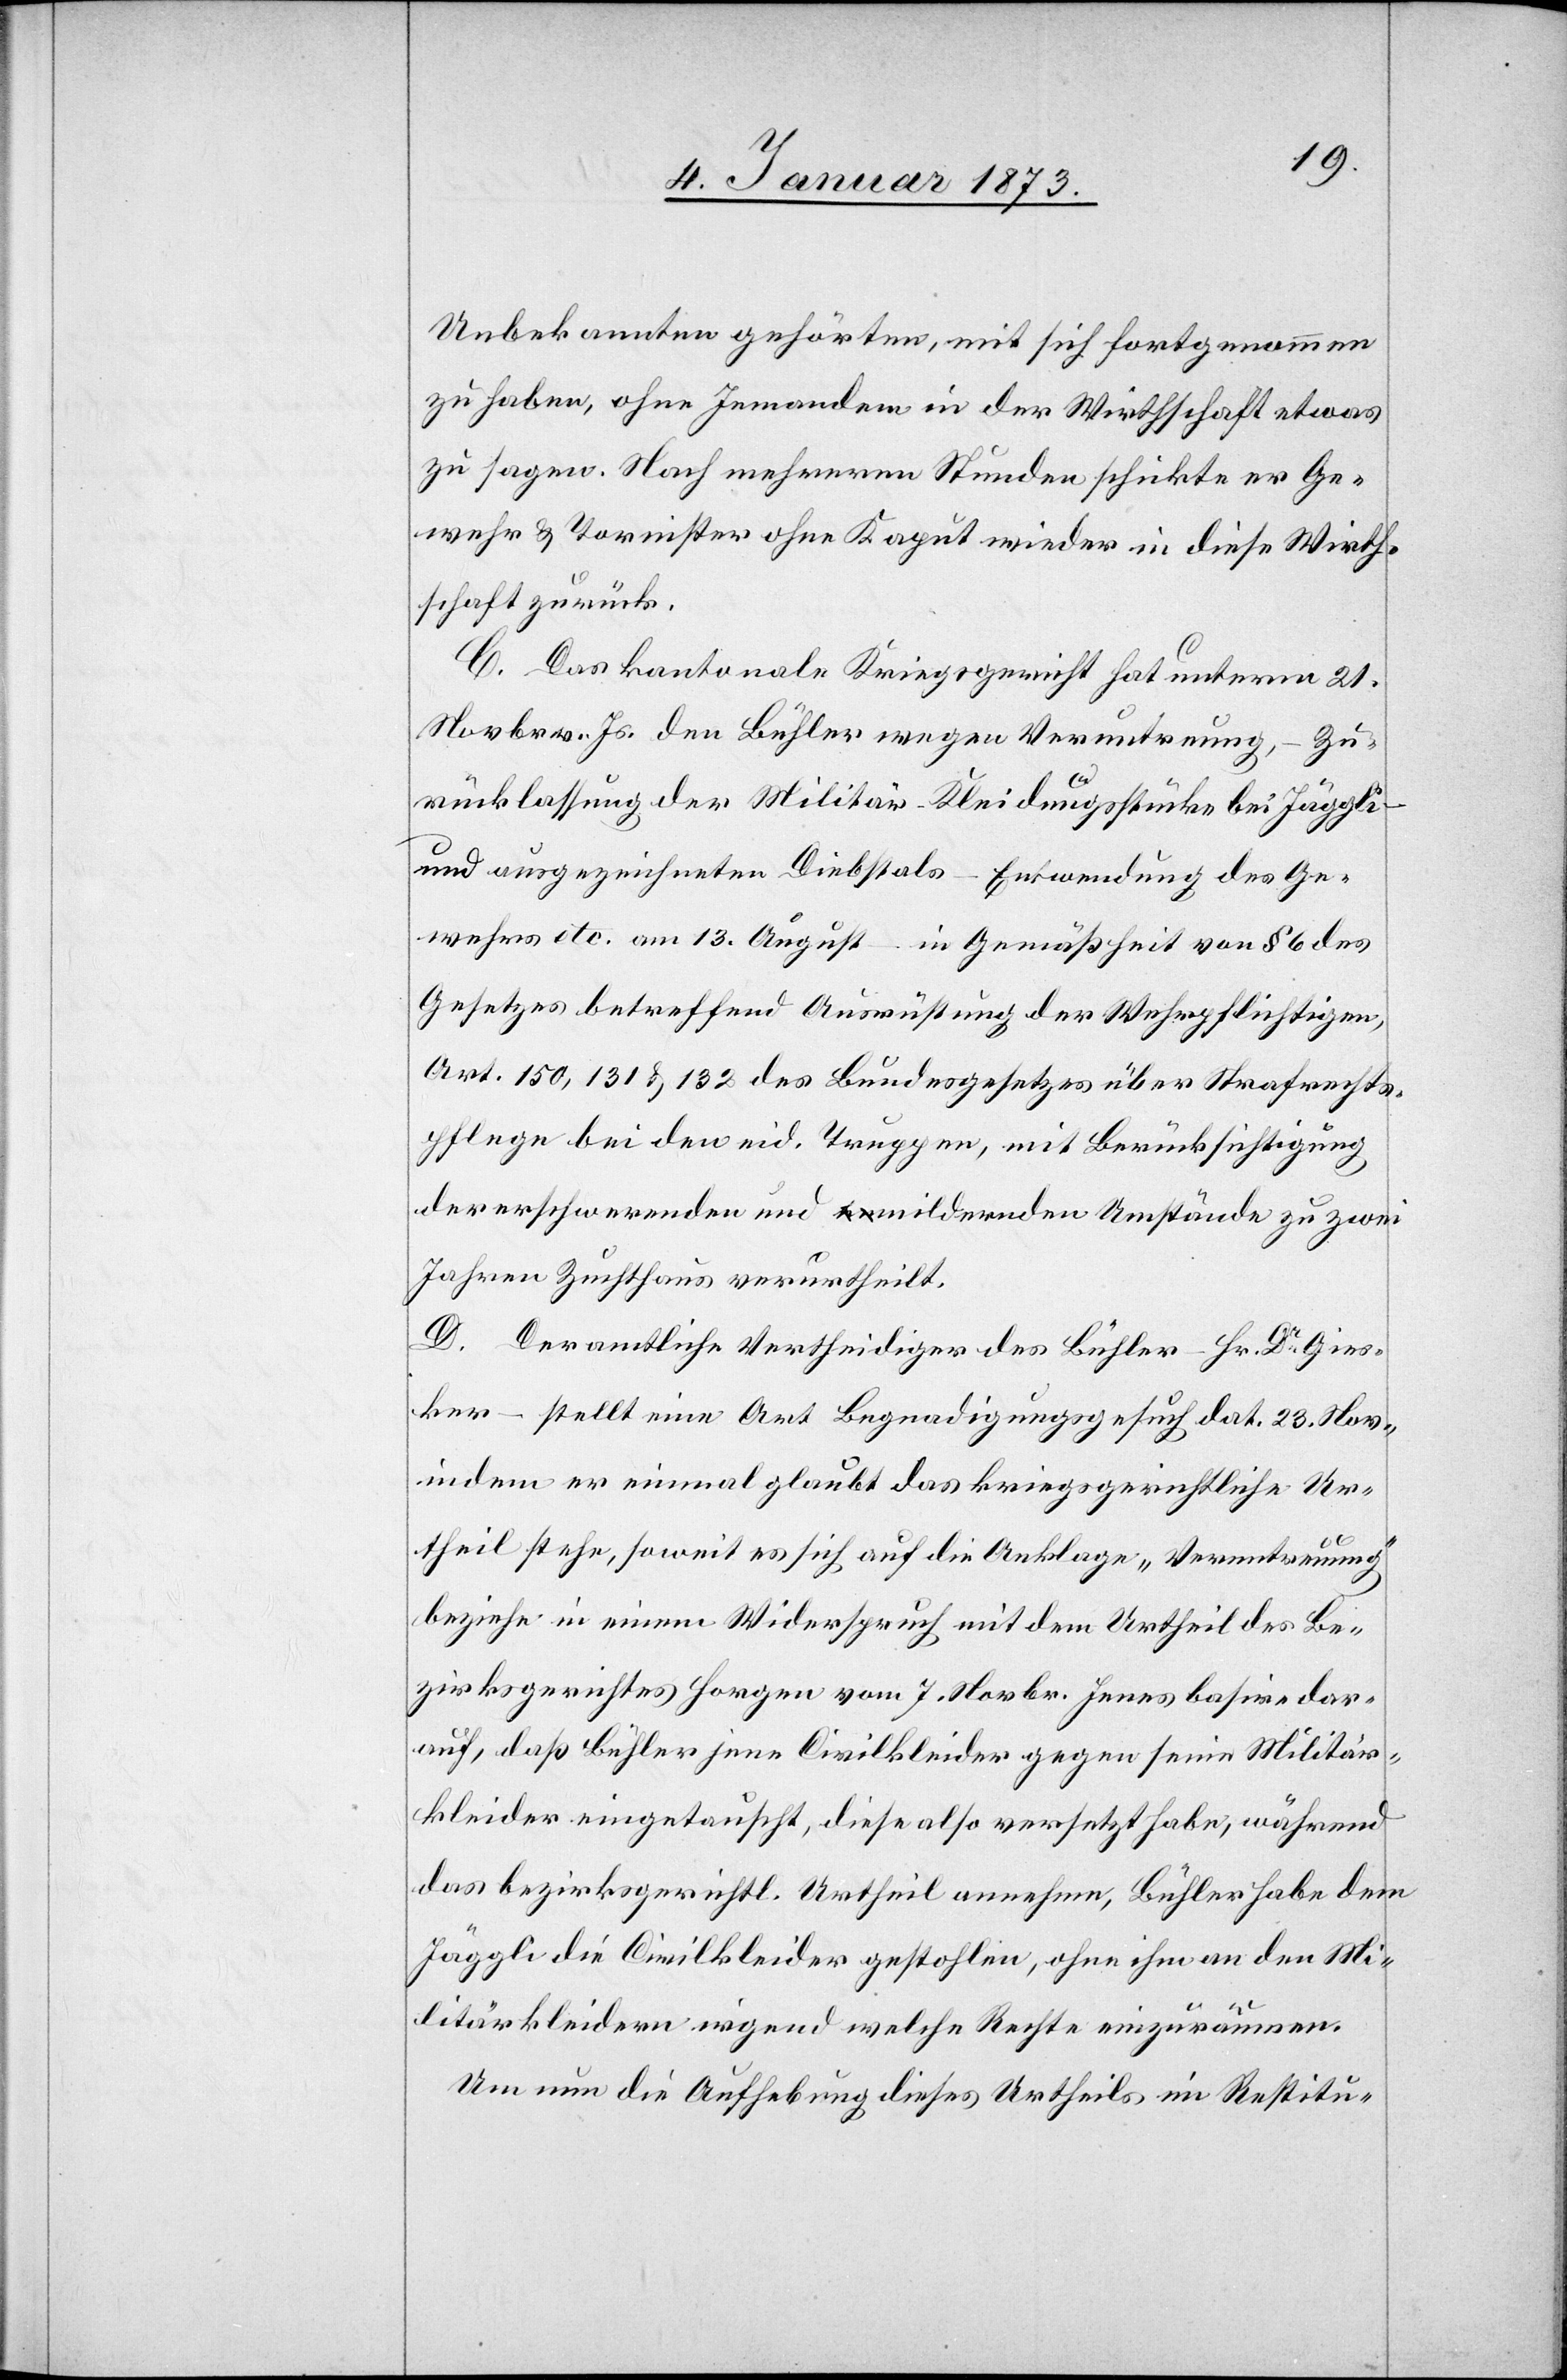
Unbekannten gehörten, mit sich fortgenommen
zu haben, ohne Jemandem in der Wirthschaft etwas
zu sagen. Nach mehreren Stunden schickte er Ge¬
wehr & Tornister ohne Kaput wieder in diese Wirth¬
schaft zurück.
C. Das kantonale Kriegsgericht hat unterm 21.
Novbr. v. Js. den Bühler wegen Veruntreung
Zurücklassung der Militär-Kleidungsstücke bei Jäggli
und ausgezeichneten Diebstals – Entwendung des Ge¬
wehrs etc. am 13. August – in Gemäßheit von § 6 des
Gesetzes betreffend Ausrüstung der Wehrpflichtigen,
Art. 150, 131 & 132 des Bundesgesetzes über Strafrechts¬
pflege bei den eid. Truppen, mit Berücksichtigung
der erschwerenden und ermildernden Umstände zu zwei
Jahren Zuchthaus verurtheilt.
D. Der amtliche Vertheidiger des Bühler – Hr. Dr. Gies¬
ker – stellt eine Art Begnadigungsgesuch dat. 23. Nov.,
indem er einmal glaubt das kriegsgerichtliche Ur¬
theil stehe, soweit es sich auf die Anklage „Veruntreuung“
beziehe in einem Widerspruch mit dem Urtheil des Be¬
zirksgerichtes Horgen vom 7. Novbr. jenes basire dar¬
auf, daß Bühler jene Civilkleider gegen seine Militär¬
kleider eingetauscht, diese also versetzt habe, während
das bezirksgerichtl. Urtheil annehme, Bühler habe dem
Jäggli die Civilkleider gestohlen, ohne ihm an den Mi¬
litärkleidern irgend welche Rechte einzuräumen.
Um nun die Aufhebung dieses Urtheils im Restitu-